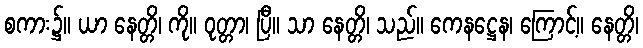
စကား၌။ ယာ နေတ္တိ၊ ကို။ ဝုတ္တာ၊ ပြီ။ သာ နေတ္တိ၊ သည်။ ကေနဋ္ဌေန၊ ကြောင့်။ နေတ္တိ၊